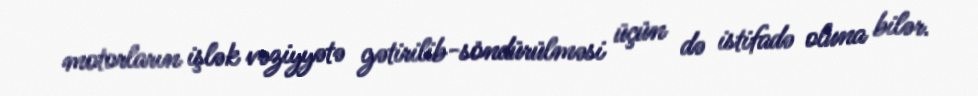
motorların işlək vəziyyətə gətirilib-söndürülməsi üçün də istifadə oluna bilər.